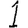
Digit: 1